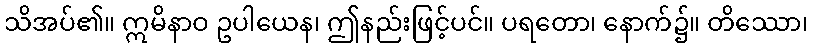
သိအပ်၏။ ဣမိနာဝ ဥပါယေန၊ ဤနည်းဖြင့်ပင်။ ပရတော၊ နောက်၌။ တိဿော၊